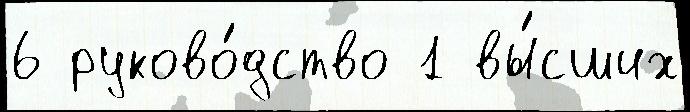
6 руково́дство 1 вы́сших